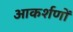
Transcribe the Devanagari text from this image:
आकर्शणों